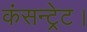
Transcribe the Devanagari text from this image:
कंसन्ट्रेट।